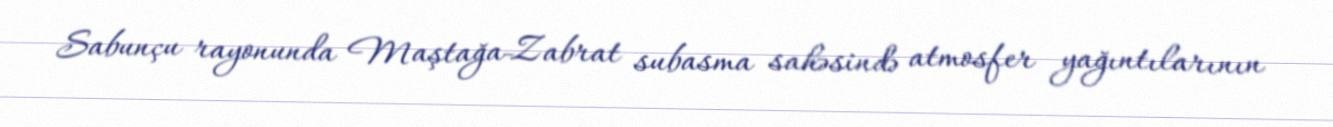
Sabunçu rayonunda Maştağa-Zabrat subasma sahəsində atmosfer yağıntılarının